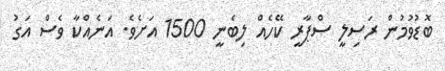
ބޮޑުވުމުން ރަސިލީ ސްޕާރީ ކޭހެއް ލިބެނީ 1500 އަށެވެ. އަނެއްކާ ވެސް އަގު